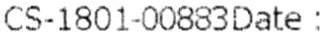
CS-1801-00883DATE :